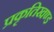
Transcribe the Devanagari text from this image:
प्रकृतिखण्ड